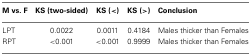
| M vs. F | KS (two-sided) | KS (<) | KS (>) | Conclusion |
 | --- | --- | --- | --- | --- |
 | LPT | 0.0022 | 0.0011 | 0.4184 | Males thicker than Females |
 | RPT | <0.001 | <0.001 | 0.9999 | Males thicker than Females |